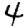
Digit: 4